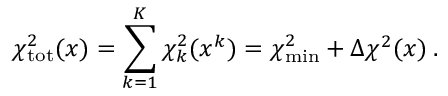
\chi _ { \mathrm { t o t } } ^ { 2 } ( x ) = \sum _ { k = 1 } ^ { K } \chi _ { k } ^ { 2 } ( x ^ { k } ) = \chi _ { \mathrm { m i n } } ^ { 2 } + \Delta \chi ^ { 2 } ( x ) \: .